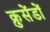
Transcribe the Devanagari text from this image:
क्रुसेंडों